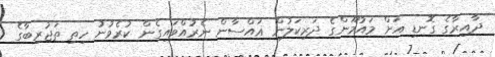
ދާއިރާގެ ގޮނޑި އަށް މައުމޫންގެ ދަރިކަލުން ޣައްސާން ނެރުއްވައިގެން ކުރެވުނު ހިތި ތަޖުރިބާގެ